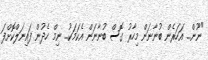
"ނޫން... އަހަރެން ބުނާނަން މިހާރު ގޮސް ބުނާނަން އެކަމަކު... ނިމް ހެދުން ފައިނަލްކޮށްފަ